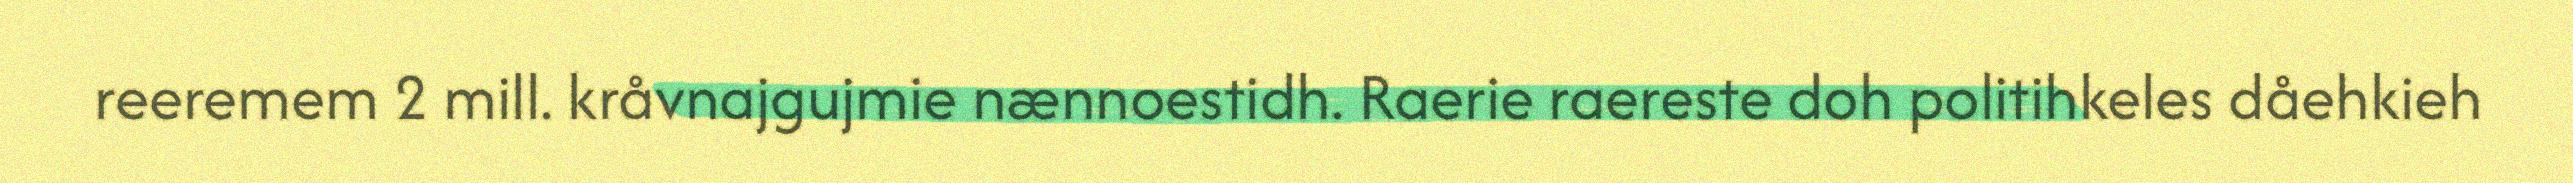
reeremem 2 mill. kråvnajgujmie nænnoestidh. Raerie raereste doh politihkeles dåehkieh